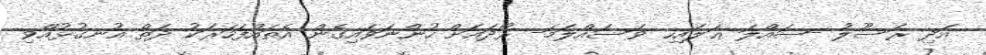
އަދި ރަސޫލު -ޞައްލަ ޢަލައިހި ވަސައްލަމަ- ރޯދައަށް ހުންނަވައިގެން އެތައްފަހަރަކު ދަތް އުނގުޅުއްވި